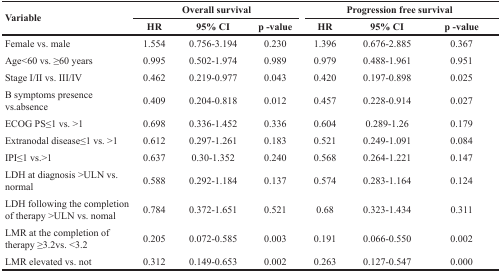
| <ROWSPAN=2> Variable | <COLSPAN=3> Overall survival | <COLSPAN=3> Progression free survival |
 | HR | 95% CI | p -value | HR | 95% CI | p -value |
 | --- | --- | --- | --- | --- | --- | --- |
 | Female vs. male | 1.554 | 0.756-3.194 | 0.230 | 1.396 | 0.676-2.885 | 0.367 |
 | Age<60 vs. ≥60 years | 0.995 | 0.502-1.974 | 0.989 | 0.979 | 0.488-1.961 | 0.951 |
 | Stage I/II vs. III/IV | 0.462 | 0.219-0.977 | 0.043 | 0.420 | 0.197-0.898 | 0.025 |
 | B symptoms presence vs.absence | 0.409 | 0.204-0.818 | 0.012 | 0.457 | 0.228-0.914 | 0.027 |
 | ECOG PS≤1 vs. >1 | 0.698 | 0.336-1.452 | 0.336 | 0.604 | 0.289-1.26 | 0.179 |
 | Extranodal disease≤1 vs. >1 | 0.612 | 0.297-1.261 | 0.183 | 0.521 | 0.249-1.091 | 0.084 |
 | IPI≤1 vs.>1 | 0.637 | 0.30-1.352 | 0.240 | 0.568 | 0.264-1.221 | 0.147 |
 | LDH at diagnosis >ULN vs. normal | 0.588 | 0.292-1.184 | 0.137 | 0.574 | 0.283-1.164 | 0.124 |
 | LDH following the completion of therapy >ULN vs. nomal | 0.784 | 0.372-1.651 | 0.521 | 0.68 | 0.323-1.434 | 0.311 |
 | LMR at the completion of therapy ≥3.2vs. <3.2 | 0.205 | 0.072-0.585 | 0.003 | 0.191 | 0.066-0.550 | 0.002 |
 | LMR elevated vs. not | 0.312 | 0.149-0.653 | 0.002 | 0.263 | 0.127-0.547 | 0.000 |